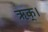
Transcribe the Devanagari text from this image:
ऋक्।